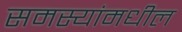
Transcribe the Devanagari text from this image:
समस्यांमधील